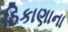
ઠિકાણાના